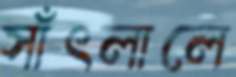
সাঁৎলালে